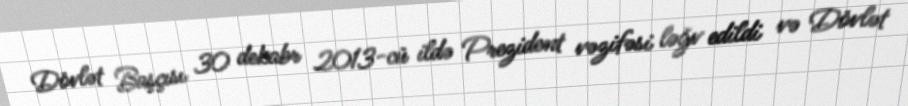
Dövlət Başçısı 30 dekabr 2013-cü ildə Prezident vəzifəsi ləğv edildi və Dövlət